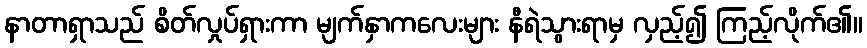
နာတာရှာသည် စိတ်လှုပ်ရှားကာ မျက်နှာကလေးများ နီရဲသွားရာမှ လှည့်၍ ကြည့်လိုက်၏။